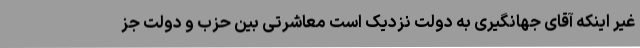
غیر اینکه آقای جهانگیری به دولت نزدیک است معاشرتی بین حزب و دولت جز